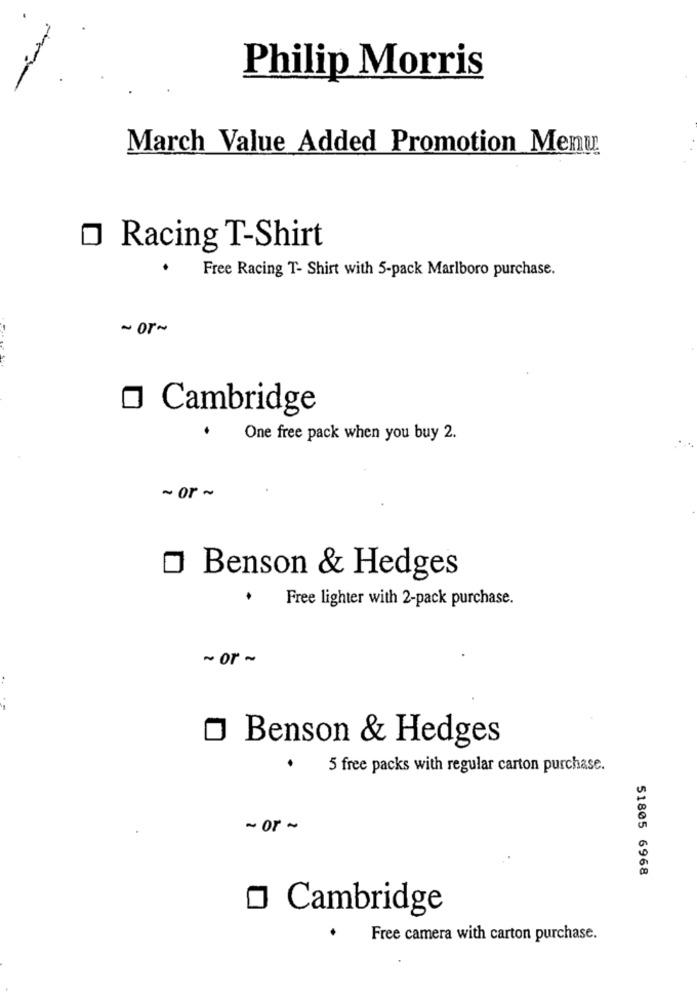
Philip Morris
March Value Added Promotion Menu
O Racing T-Shirt
Free Racing T- Shirt with 5-pack Marlboro purchase.
~ OT~
O Cambridge
One free pack when you buy 2.
~0~
Benson & Hedges
Free lighter with 2-pack purchase.
--
Benson & Hedges
5 free packs with regular carton purchase.
- OF -
51805 6968
Cambridge
Free camera with carton purchase.